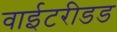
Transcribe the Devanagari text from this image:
वाईटरीडड